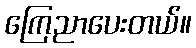
ကြေညာပေးတယ်။